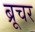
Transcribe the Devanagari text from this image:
ब्रूचर